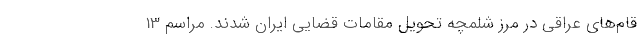
قام‌های عراقی در مرز شلمچه تحویل مقامات قضایی ایران شدند. مراسم 13